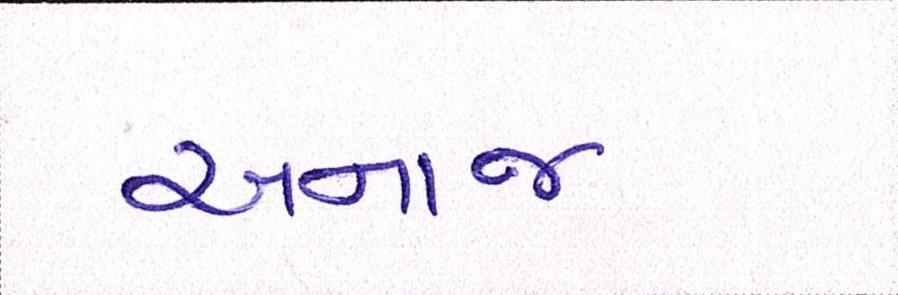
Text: અનાજ